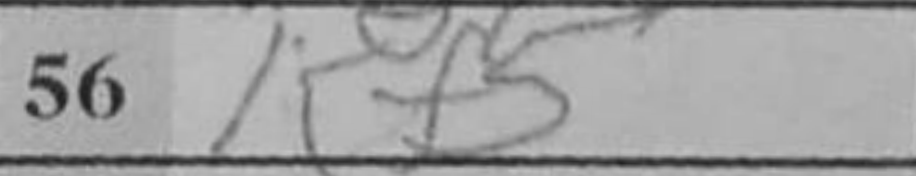
Transcription: Kf5